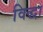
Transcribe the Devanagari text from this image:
विद्धा